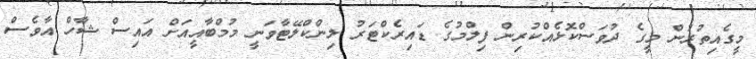
މީގެއިތުރުން މީގެ ދުވަސްކޮޅެއްކުރިން ފިލްމުގެ ޑައިރެކްޓަރު ލިންކްލޭޓާވަނީ މުމްބާއީއަށް އައިސް ޝާހް އާވެސް